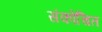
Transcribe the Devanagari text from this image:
संकोचित